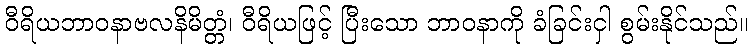
ဝီရိယဘာဝနာဗလနိမိတ္တံ၊ ဝီရိယဖြင့် ပြီးသော ဘာဝနာကို ခံခြင်းငှါ စွမ်းနိုင်သည်။